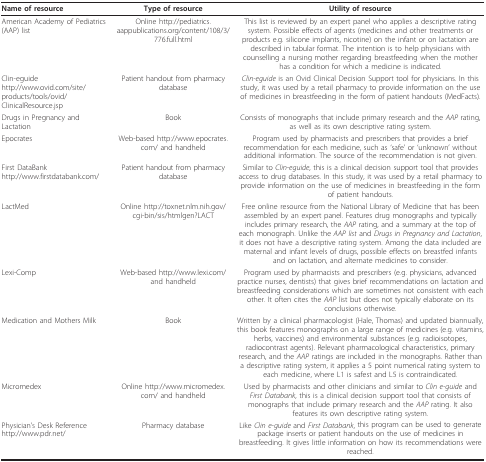
<table><thead><tr><td><b>Name of resource</b></td><td><b>Type of resource</b></td><td><b>Utility of resource</b></td></tr></thead><tbody><tr><td>American Academy of Pediatrics (AAP) list</td><td>Online http://pediatrics.aappublications.org/content/108/3/776.full.html</td><td>This list is reviewed by an expert panel who applies a descriptive rating system. Possible effects of agents (medicines and other treatments or products e.g. silicone implants, nicotine) on the infant or on lactation are described in tabular format. The intention is to help physicians with counselling a nursing mother regarding breastfeeding when the mother has a condition for which a medicine is indicated.</td></tr><tr><td>Clin-eguidehttp://www.ovid.com/site/products/tools/ovid/ClinicalResource.jsp</td><td>Patient handout from pharmacy database</td><td><i>Clin-eguide </i>is an Ovid Clinical Decision Support tool for physicians. In this study, it was used by a retail pharmacy to provide information on the use of medicines in breastfeeding in the form of patient handouts (MedFacts).</td></tr><tr><td>Drugs in Pregnancy and Lactation</td><td>Book</td><td>Consists of monographs that include primary research and the <i>AAP </i>rating, as well as its own descriptive rating system.</td></tr><tr><td>Epocrates</td><td>Web-based http://www.epocrates.com/ and handheld</td><td>Program used by pharmacists and prescribers that provides a brief recommendation for each medicine, such as &#x27;safe&#x27; or &#x27;unknown&#x27; without additional information. The source of the recommendation is not given.</td></tr><tr><td>First DataBankhttp://www.firstdatabank.com/</td><td>Patient handout from pharmacy database</td><td>Similar to <i>Clin-eguide</i>, this is a clinical decision support tool that provides access to drug databases. In this study, it was used by a retail pharmacy to provide information on the use of medicines in breastfeeding in the form of patient handouts.</td></tr><tr><td>LactMed</td><td>Online http://toxnet.nlm.nih.gov/cgi-bin/sis/htmlgen?LACT</td><td>Free online resource from the National Library of Medicine that has been assembled by an expert panel. Features drug monographs and typically includes primary research, the <i>AAP </i>rating, and a summary at the top of each monograph. Unlike the <i>AAP list </i>and <i>Drugs in Pregnancy and Lactation</i>, it does not have a descriptive rating system. Among the data included are maternal and infant levels of drugs, possible effects on breastfed infants and on lactation, and alternate medicines to consider.</td></tr><tr><td>Lexi-Comp</td><td>Web-based http://www.lexi.com/ and handheld</td><td>Program used by pharmacists and prescribers (e.g. physicians, advanced practice nurses, dentists) that gives brief recommendations on lactation and breastfeeding considerations which are sometimes not consistent with each other. It often cites the <i>AAP </i>list but does not typically elaborate on its conclusions otherwise.</td></tr><tr><td>Medication and Mothers Milk</td><td>Book</td><td>Written by a clinical pharmacologist (Hale, Thomas) and updated biannually, this book features monographs on a large range of medicines (e.g. vitamins, herbs, vaccines) and environmental substances (e.g. radioisotopes, radiocontrast agents). Relevant pharmacological characteristics, primary research, and the <i>AAP </i>ratings are included in the monographs. Rather than a descriptive rating system, it applies a 5 point numerical rating system to each medicine, where L1 is safest and L5 is contraindicated.</td></tr><tr><td>Micromedex</td><td>Online http://www.micromedex.com/ and handheld</td><td>Used by pharmacists and other clinicians and similar to <i>Clin e-guide </i>and <i>First Databank</i>, this is a clinical decision support tool that consists of monographs that include primary research and the <i>AAP </i>rating. It also features its own descriptive rating system.</td></tr><tr><td>Physician&#x27;s Desk Reference http://www.pdr.net/</td><td>Pharmacy database</td><td>Like <i>Clin e-guide </i>and <i>First Databank</i>, this program can be used to generate package inserts or patient handouts on the use of medicines in breastfeeding. It gives little information on how its recommendations were reached.</td></tr></tbody></table>